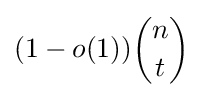
(1-o(1)){n \choose t}